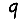
Digit: 9